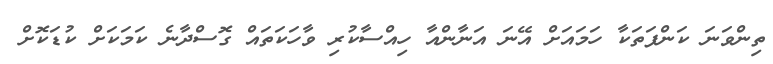
ތިންވަނަ ކަންފަތަކާ ހަމައަށް އޭނަ އަނާންއާ ހިއްސާކުރި ވާހަކަތައް ގޮސްދާނެ ކަމަކަށް ކުޑަކޮށް